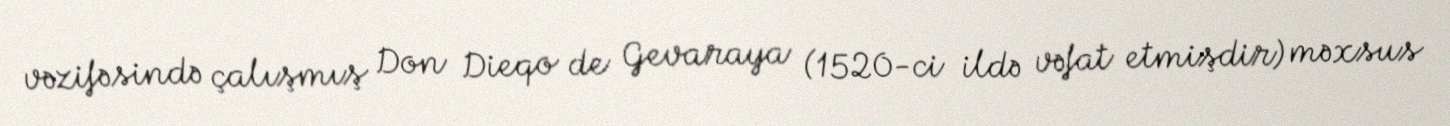
vəzifəsində çalışmış Don Dieqo de Gevaraya (1520-ci ildə vəfat etmişdir) məxsus